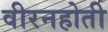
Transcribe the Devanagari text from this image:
वीरनहोती